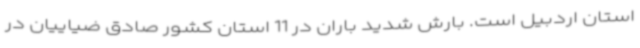
استان اردبیل است. بارش شدید باران در 11 استان کشور صادق ضیاییان در